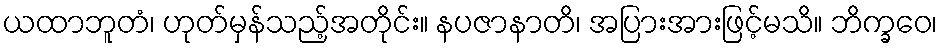
ယထာဘူတံ၊ ဟုတ်မှန်သည့်အတိုင်း။ နပဇာနာတိ၊ အပြားအားဖြင့်မသိ။ ဘိက္ခဝေ၊